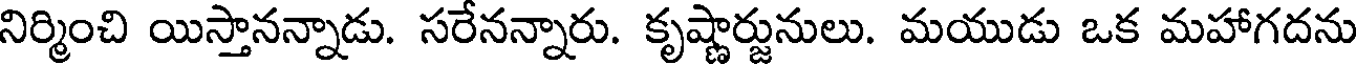
నిర్మించి యిస్తానన్నాడు. సరేనన్నారు. కృష్ణార్జునులు. మయుడు ఒక మహాగదను